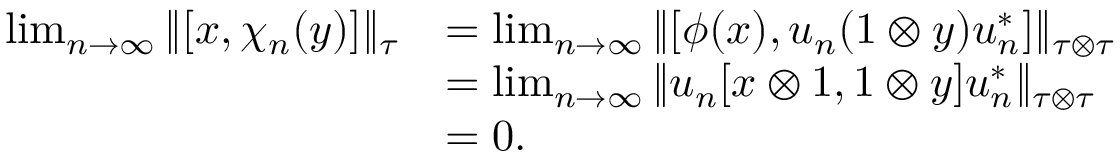
\begin{array} { r l } { \operatorname* { l i m } _ { n \rightarrow \infty } \| [ x , \chi _ { n } ( y ) ] \| _ { \tau } } & { = \operatorname* { l i m } _ { n \rightarrow \infty } \| [ \phi ( x ) , u _ { n } ( 1 \otimes y ) u _ { n } ^ { * } ] \| _ { \tau \otimes \tau } } \\ & { = \operatorname* { l i m } _ { n \rightarrow \infty } \| u _ { n } [ x \otimes 1 , 1 \otimes y ] u _ { n } ^ { * } \| _ { \tau \otimes \tau } } \\ & { = 0 . } \end{array}